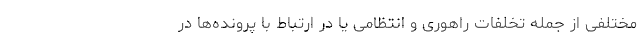
مختلفی از جمله تخلفات راهوری و انتظامی یا در ارتباط با پرونده‌ها در